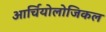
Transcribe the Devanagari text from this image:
आर्चियोलोजिकल